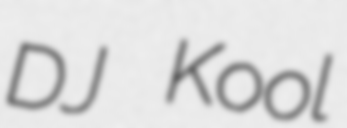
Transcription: DJ Kool